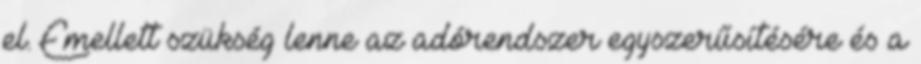
el. Emellett szükség lenne az adórendszer egyszerűsítésére és a